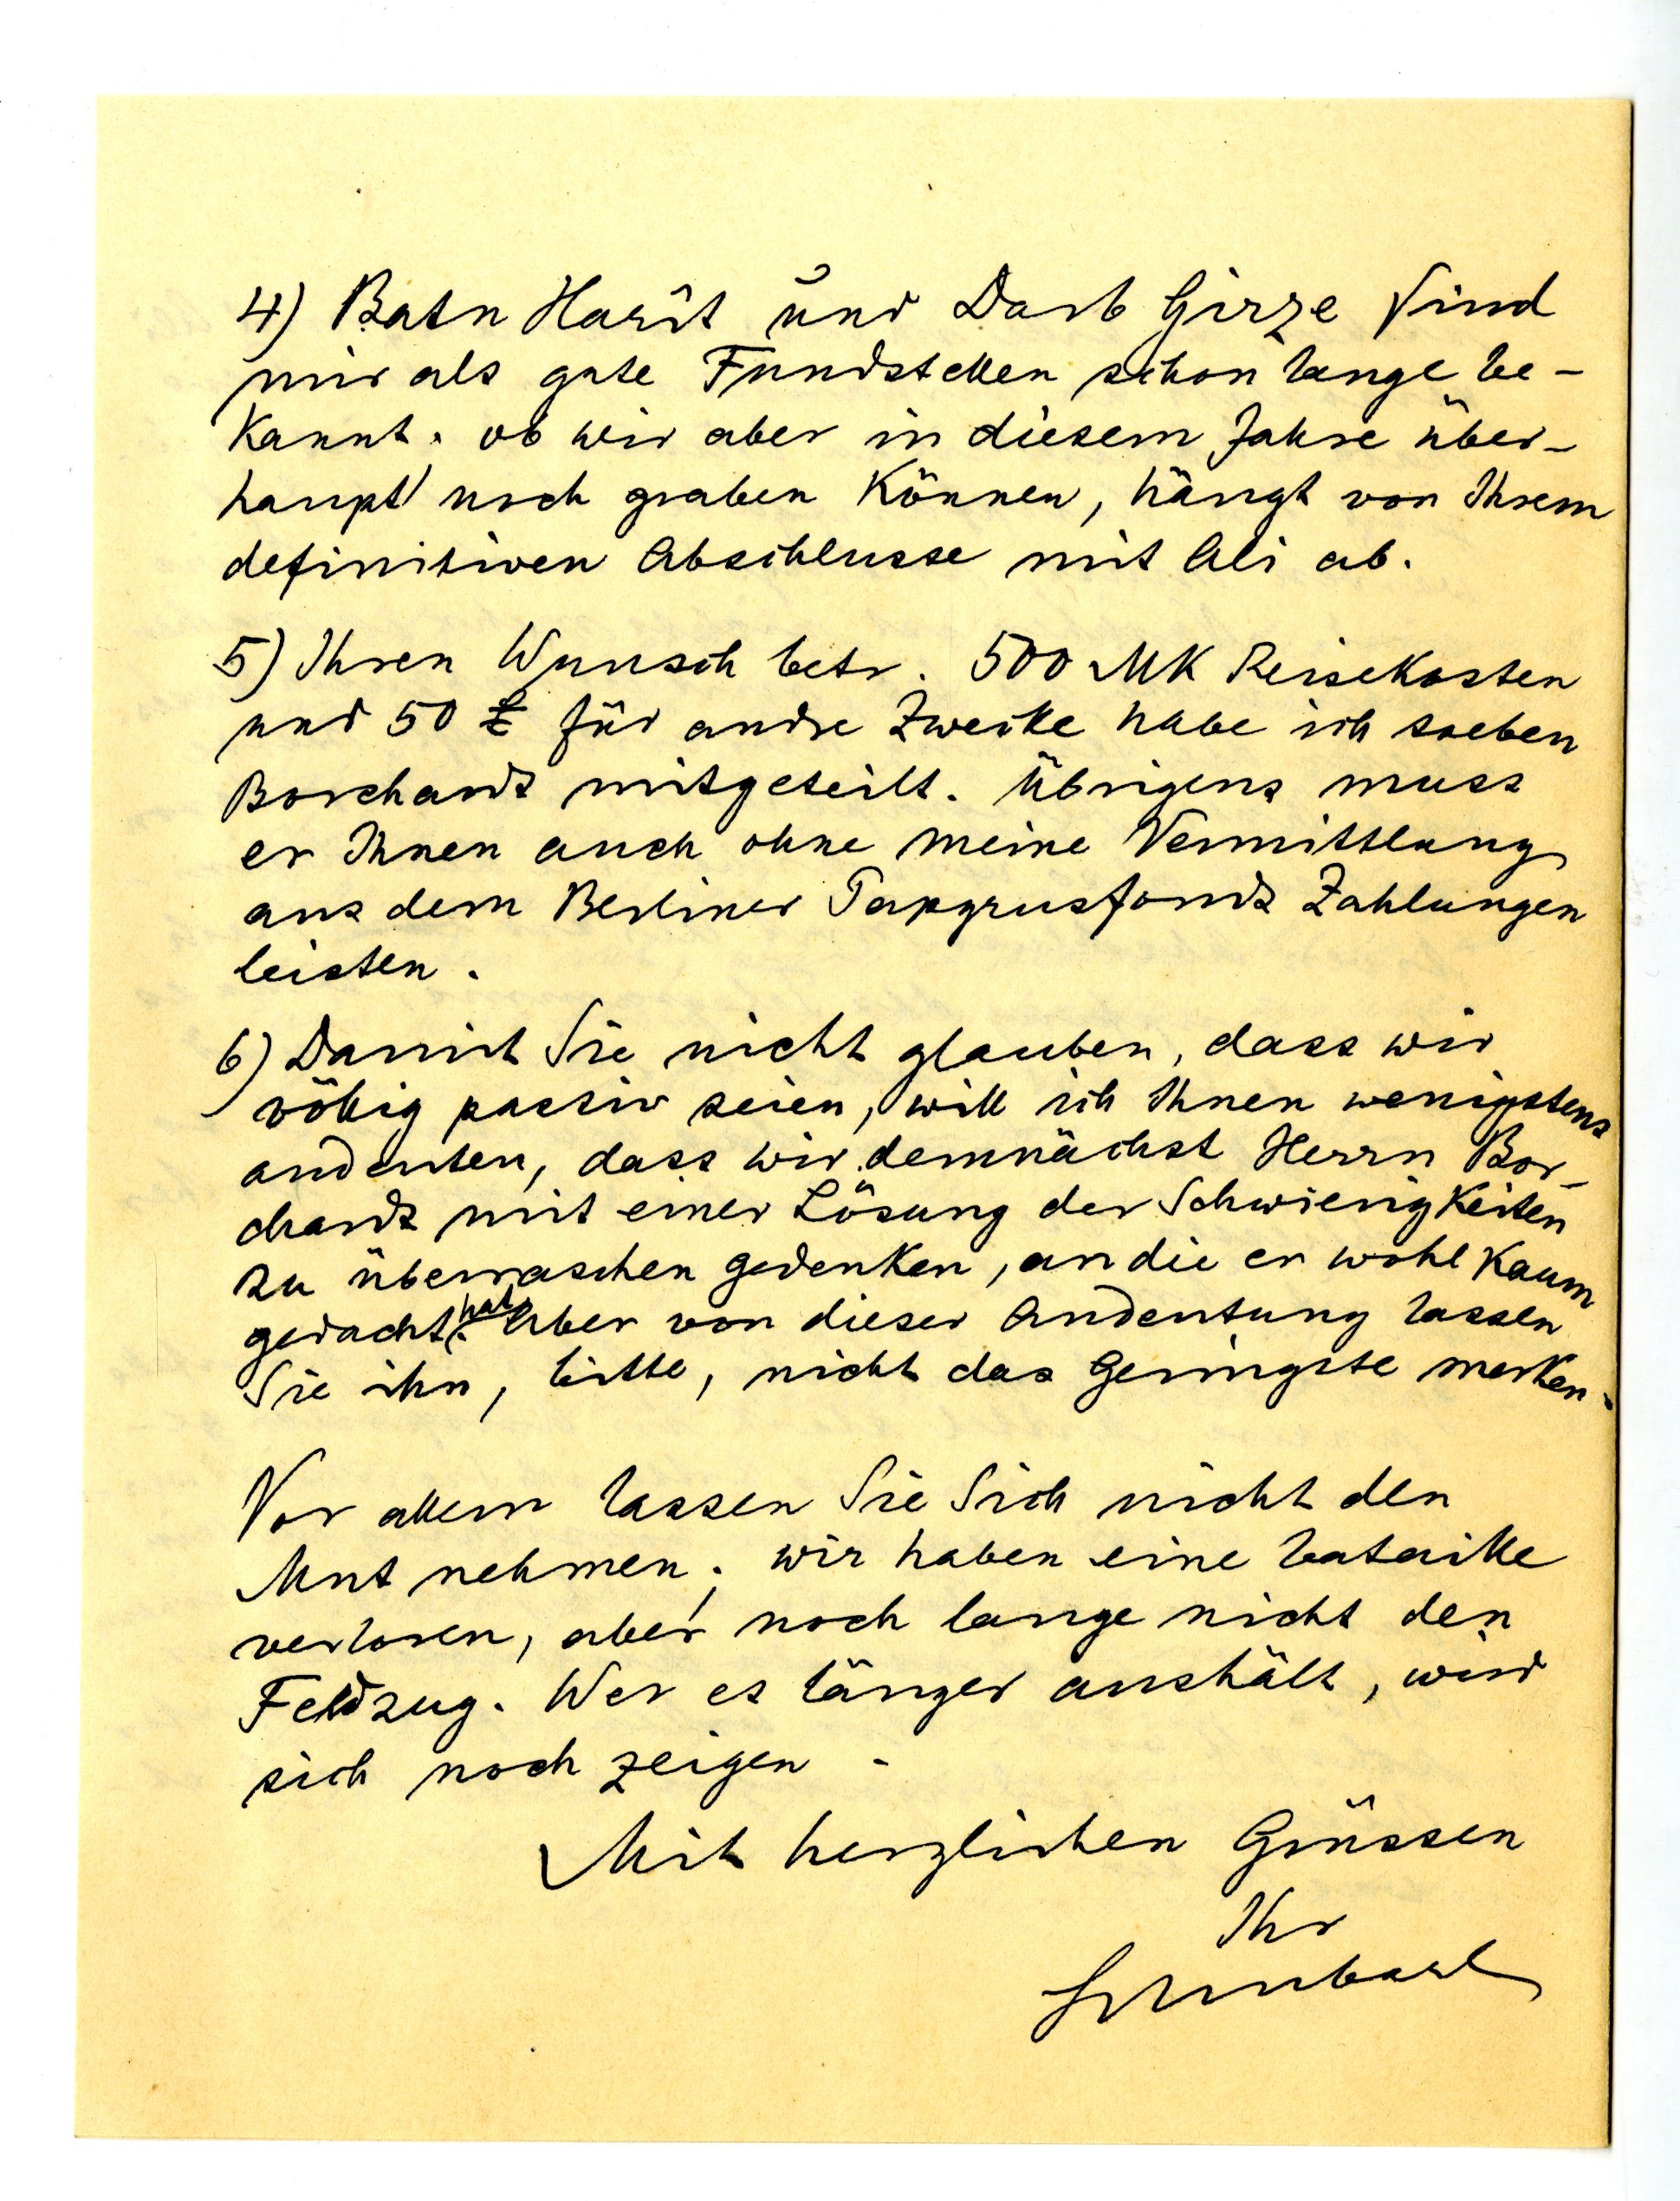
4)  und  sind
mir als gute Fundstellen schon lange be¬
kannt. ob wir aber in diesem Jahre über¬
haupt noch graben können, hängt von Ihrem
definitiven Abschluss mit Ali ab.
5) Ihren Wunsch betr. 500 MK Reisekosten
und 50  für andere Zwecke habe ich soeben
Borchardt mitgeteilt. Übrigens muss
er Ihnen auch ohne meine Vermittlung
aus dem Berliner Papyrusfond Zahlungen
leisten.
6) Damit Sie nicht glauben, dass wir
völlig passiv seien, will ich ihnen wenigstens
andenken, dass wir demnächst Herrn Bor¬
chardt mit einer Lösung der Schwierigkeiten
zu überraschen gedenken, an die er wohl kaum
gedacht hat. Aber von dieser Andeutung lassen
Sie ihn, bitte, nicht das Geringste merken.
Vor allem lassen Sie Sich nicht den
Mut nehmen; wir haben eine Bataille
verloren, aber noch lange nicht den
Feldzug. Wer es länger aushält wird
sich noch zeigen.
Mit herzlichen Grüssen
Ihr
Schubart